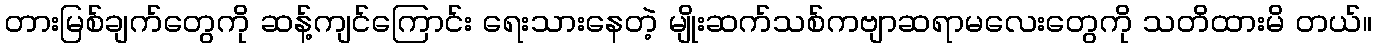
တားမြစ်ချက်တွေကို ဆန့်ကျင်ကြောင်း ရေးသားနေတဲ့ မျိုးဆက်သစ်ကဗျာဆရာမလေးတွေကို သတိထားမိ တယ်။